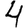
Digit: 4